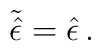
\tilde{\hat{\epsilon}}=\hat{\epsilon}\, .